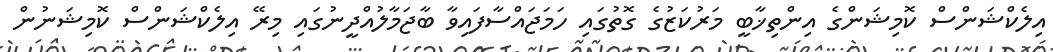
އިލެކްޝަންސް ކޮމިޝަންގެ އިންތިޚާބީ މަރުކަޒުގެ ގޮތުގައި ހަމަޖައްސާފައިވާ ބާޖަމާލުއްދީނުގައި މިރޭ އިލެކްޝަންސް ކޮމިޝަނުން